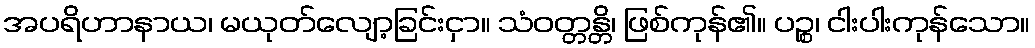
အပရိဟာနာယ၊ မယုတ်လျော့ခြင်းငှာ။ သံဝတ္တန္တိ၊ ဖြစ်ကုန်၏။ ပဉ္စ၊ ငါးပါးကုန်သော။